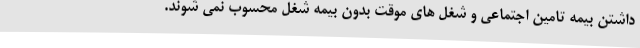
داشتن بیمه تامین اجتماعی و شغل های موقت بدون بیمه شغل محسوب نمی شوند.